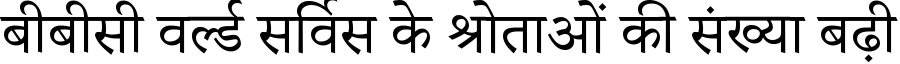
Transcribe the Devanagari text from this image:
बीबीसी वर्ल्ड सर्विस के श्रोताओं की संख्या बढ़ी